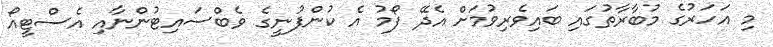
މި އަހަރުގެ މުބާރާތުގައި ބައިވެރިވުމަށް އެދޭ ފޯމު އެ ކުންފުނީގެ ވެބްސައިޓުންނާއި އެސްޓީއޯ